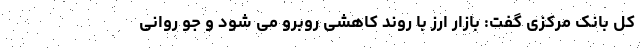
کل بانک مرکزی گفت: بازار ارز با روند کاهشی روبرو می شود و جو روانی